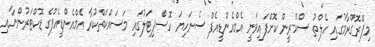
މިޕްރޮގްރާމުގައި ހެލްތު ސްކްރީން ކޮށްފައިވަނީ އެމްއެންޑީއެފް ސެނަހިޔަ ހޮސްޕިޓަލުގައި މަސައްކަތްކުރާ އެމްއެންޑީއެފްގެ ޑޮކްޓަރުންނާއި